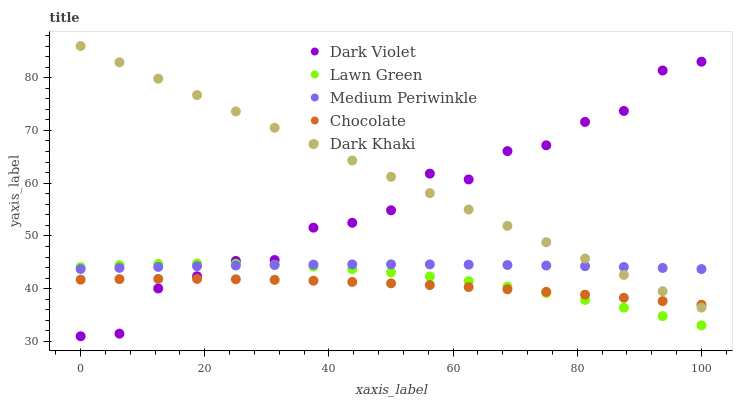
| xaxis_label | Dark Violet | Lawn Green | Medium Periwinkle | Chocolate | Dark Khaki |
 | --- | --- | --- | --- | --- | --- |
 | 0 | 31 | 44.1 | 43.7 | 41.7 | 86 |
 | 6.25 | 31.5 | 44.5 | 44 | 41.8 | 82.9 |
 | 12.5 | 40.1 | 44.7 | 44.1 | 41.9 | 79.8 |
 | 18.8 | 42.4 | 44.8 | 44.3 | 41.9 | 76.7 |
 | 25 | 45.3 | 44.7 | 44.4 | 41.8 | 73.6 |
 | 31.2 | 45.4 | 44.5 | 44.5 | 41.7 | 70.5 |
 | 37.5 | 51.6 | 44.2 | 44.6 | 41.5 | 67.4 |
 | 43.8 | 52.5 | 43.7 | 44.6 | 41.3 | 64.3 |
 | 50 | 54.9 | 43.1 | 44.6 | 41 | 61.2 |
 | 56.2 | 61.8 | 42.3 | 44.6 | 40.7 | 58.1 |
 | 62.5 | 60.7 | 41.4 | 44.6 | 40.3 | 55 |
 | 68.8 | 66.1 | 40.4 | 44.5 | 39.9 | 51.9 |
 | 75 | 67.2 | 39.2 | 44.4 | 39.4 | 48.8 |
 | 81.2 | 71.6 | 37.9 | 44.3 | 38.9 | 45.7 |
 | 87.5 | 73.7 | 36.4 | 44.1 | 38.3 | 42.6 |
 | 93.8 | 81.4 | 34.8 | 43.9 | 37.7 | 39.5 |
 | 100 | 83 | 33.1 | 43.7 | 37 | 36.4 |